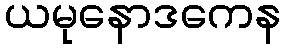
ယမုနောဒကေန